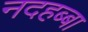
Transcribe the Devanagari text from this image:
नदहब्बा